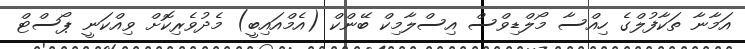
އަމާނާ ތަކާފުލްގެ ހިއްސާ މޯލްޑިވްސް އިސްލާމިކް ބޭންކް (އެމްއައިބީ) މެދުވެރިކޮށް ވިއްކަނީ ޕޯސްޓް